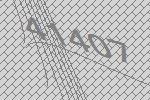
41407